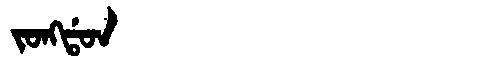
Manchu: ᠵᠣᠩᡩᠣᠨ
Romanization: JONGDON